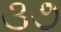
૩૭